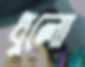
ধুলো